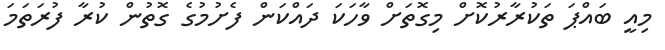
މިއީ ބައްޕަ ތަކުރާރުކޮށް މިގޮތަށް ވާހަކަ ދައްކަން ފެށުމުގެ ގޮތުން ކުރާ ފުރަތަމަ